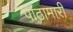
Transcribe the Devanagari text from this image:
पाठामारी